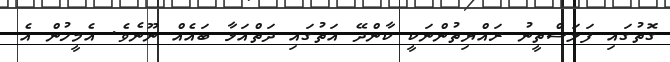
ގޮތުގައި ފަލަސްތީނު ރައްޔިތުންނަކީ ކާންދޭ އަތުގައި ދަތްއަޅާ ބައެއް ނޫނެވެ. އެމީހުން އެ